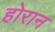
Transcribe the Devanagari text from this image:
होरान